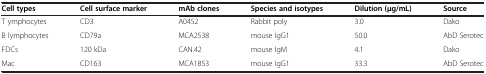
| Cell types | Cell surface marker | mAb clones | Species and isotypes | Dilution (μg/mL) | Source |
 | --- | --- | --- | --- | --- | --- |
 | T ymphocytes | CD3 | A0452 | Rabbit poly | 3.0 | Dako |
 | B lymphocytes | CD79a | MCA2538 | mouse IgG1 | 50.0 | AbD Serotec |
 | FDCs | 120 kDa | CAN.42 | mouse IgM | 4.1 | Dako |
 | Mac | CD163 | MCA1853 | mouse IgG1 | 33.3 | AbD Serotec |